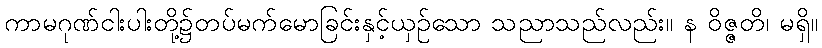
ကာမဂုဏ်ငါးပါးတို့၌တပ်မက်မောခြင်းနှင့်ယှဉ်သော သညာသည်လည်း။ န ဝိဇ္ဇတိ၊ မရှိ။